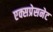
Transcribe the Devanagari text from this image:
एक्सप्रेसनेट